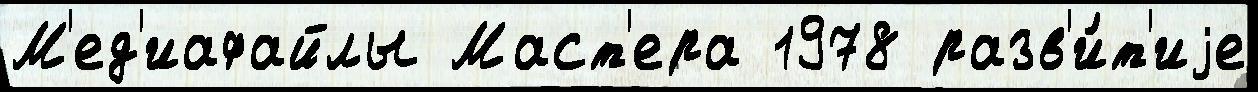
М'ед'иафайлы Маст'ера 1978 разв'и́т'иjе